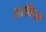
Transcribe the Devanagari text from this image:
सरविया